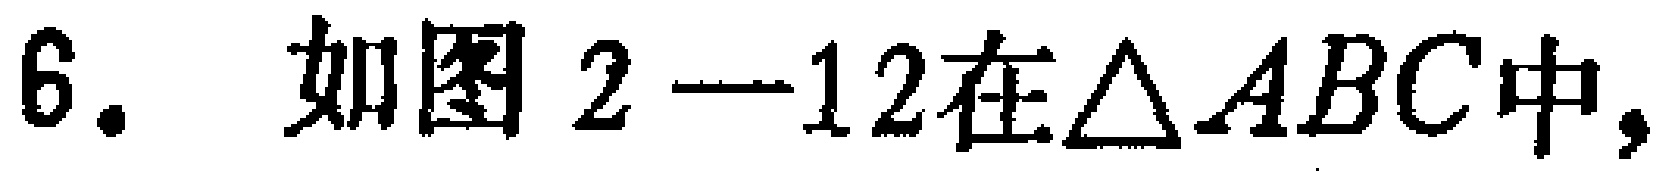
6. 如图2—12在$\triangle ABC$中，